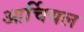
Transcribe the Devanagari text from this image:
आर्चियल